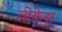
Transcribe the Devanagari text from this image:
वोकेस